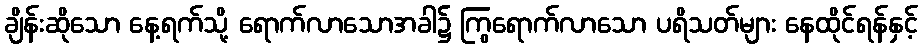
ချိန်းဆိုသော နေ့ရက်သို့ ရောက်လာသောအခါ၌ ကြွရောက်လာသော ပရိသတ်များ နေထိုင်ရန်နှင့်